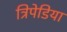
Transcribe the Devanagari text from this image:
त्रिपेडिया